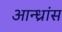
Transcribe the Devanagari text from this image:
आन्ध्रांस